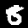
Digit: 8